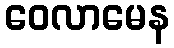
ဝေလာမေန